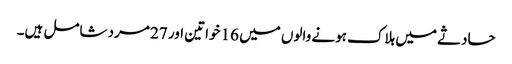
حادثے میں ہلاک ہونے والوں میں 16 خواتین اور 27 مرد شامل ہیں۔